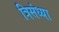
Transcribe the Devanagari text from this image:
त्रिसंध्या